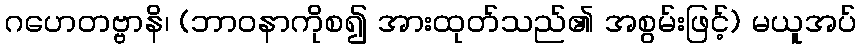
ဂဟေတဗ္ဗာနိ၊ (ဘာဝနာကိုစ၍ အားထုတ်သည်၏ အစွမ်းဖြင့်) မယူအပ်